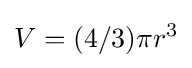
V=(4/3)\pi {r^{3}}